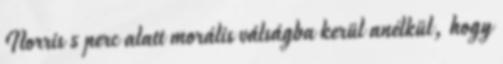
Norris 5 perc alatt morális válságba kerül anélkül, hogy